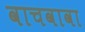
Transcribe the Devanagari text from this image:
वाचवावा